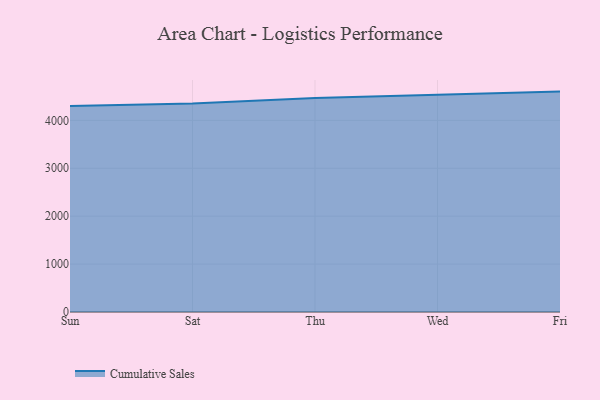
{"axis": {"x": "Day", "y": "Active Users"}, "legend": ["Cumulative Sales"], "data": [{"x": "Sun", "y": 4302.3, "type": "Cumulative Sales"}, {"x": "Sat", "y": 4355.0, "type": "Cumulative Sales"}, {"x": "Thu", "y": 4466.8, "type": "Cumulative Sales"}, {"x": "Wed", "y": 4539.6, "type": "Cumulative Sales"}, {"x": "Fri", "y": 4601.0, "type": "Cumulative Sales"}]}